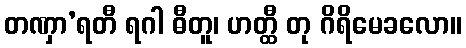
တဏှာ’ရတီ ရဂါ ဓီတူ၊ ဟတ္ထီ တု ဂိရိမေခလော။